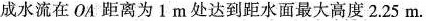
成水流在OA距离为1m处达到距水面最大高度2.25m。